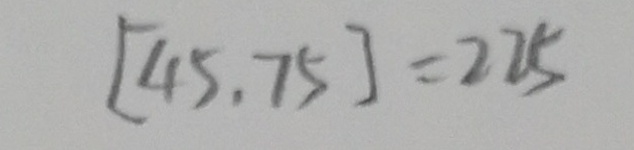
[ 4 5 , 7 5 ] = 2 2 5